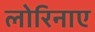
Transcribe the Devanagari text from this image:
लोरिनाए